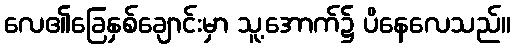
လေ၏ခြေနှစ်ချောင်းမှာ သူ့အောက်၌ ပိနေလေသည်။